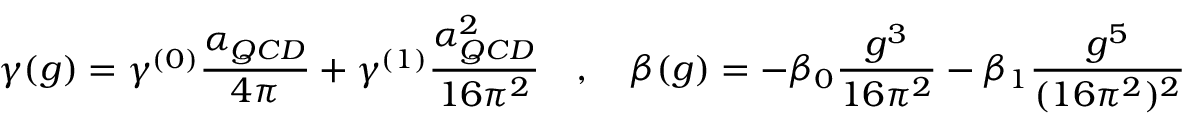
\gamma ( g ) = \gamma ^ { ( 0 ) } \frac { \alpha _ { Q C D } } { 4 \pi } + \gamma ^ { ( 1 ) } \frac { \alpha _ { Q C D } ^ { 2 } } { 1 6 \pi ^ { 2 } } \quad , \quad \beta ( g ) = - \beta _ { 0 } \frac { g ^ { 3 } } { 1 6 \pi ^ { 2 } } - \beta _ { 1 } \frac { g ^ { 5 } } { ( 1 6 \pi ^ { 2 } ) ^ { 2 } }